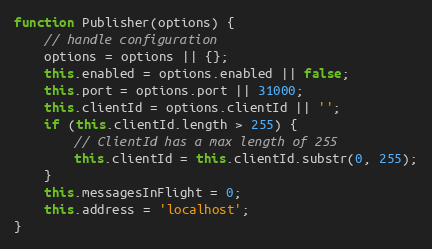
Language: JavaScript
function Publisher(options) {
    // handle configuration
    options = options || {};
    this.enabled = options.enabled || false;
    this.port = options.port || 31000;
    this.clientId = options.clientId || '';
    if (this.clientId.length > 255) {
        // ClientId has a max length of 255
        this.clientId = this.clientId.substr(0, 255);
    }
    this.messagesInFlight = 0;
    this.address = 'localhost';
}